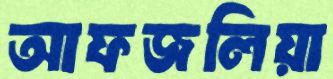
আফজলিয়া